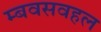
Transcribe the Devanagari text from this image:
म्बवसवहल